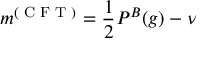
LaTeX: m ^ { ( \textrm { C F T } ) } = \frac { 1 } { 2 } P ^ { B } ( g ) - \nu